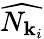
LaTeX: \widehat{N_{{\mathbf{k}}_{i}}}